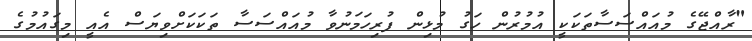
"ރާއްޖޭގެ މުއައްސަސާތަކަކީ އުމުރުން ހަގު މުޅިން ފުރިހަމަނުވާ މުއައްސަސާ ތަކަކަށްވިޔަސް އެއީ މިގައުމުގެ